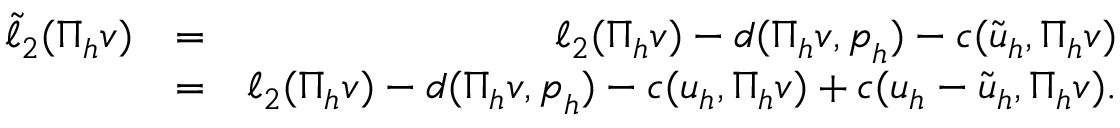
\begin{array} { r l r } { \tilde { \ell } _ { 2 } ( \Pi _ { h } \boldsymbol { v } ) } & { = } & { \ell _ { 2 } ( \Pi _ { h } \boldsymbol { v } ) - d ( \Pi _ { h } \boldsymbol { v } , \boldsymbol { p } _ { h } ) - c ( \tilde { \boldsymbol { u } } _ { h } , \Pi _ { h } \boldsymbol { v } ) } \\ & { = } & { \ell _ { 2 } ( \Pi _ { h } \boldsymbol { v } ) - d ( \Pi _ { h } \boldsymbol { v } , \boldsymbol { p } _ { h } ) - c ( \boldsymbol { u } _ { h } , \Pi _ { h } \boldsymbol { v } ) + c ( \boldsymbol { u } _ { h } - \tilde { \boldsymbol { u } } _ { h } , \Pi _ { h } \boldsymbol { v } ) . } \end{array}